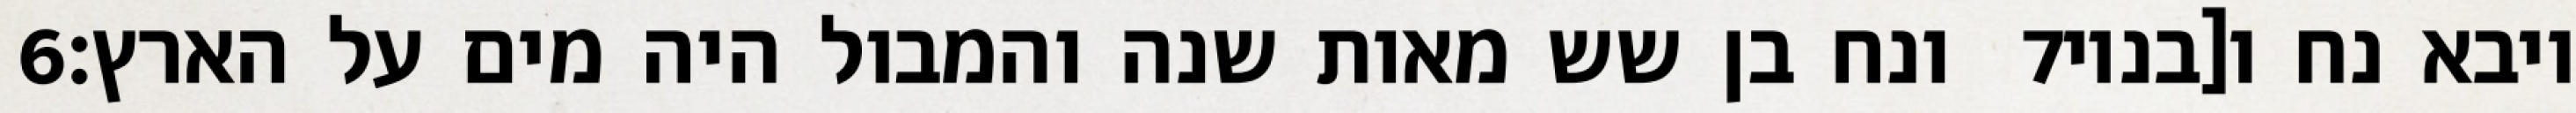
‎6‏ ונח בן שש מאות שנה והמבול היה מים על הארץ׃ ‎7‏ ויבא נח ו[בניו